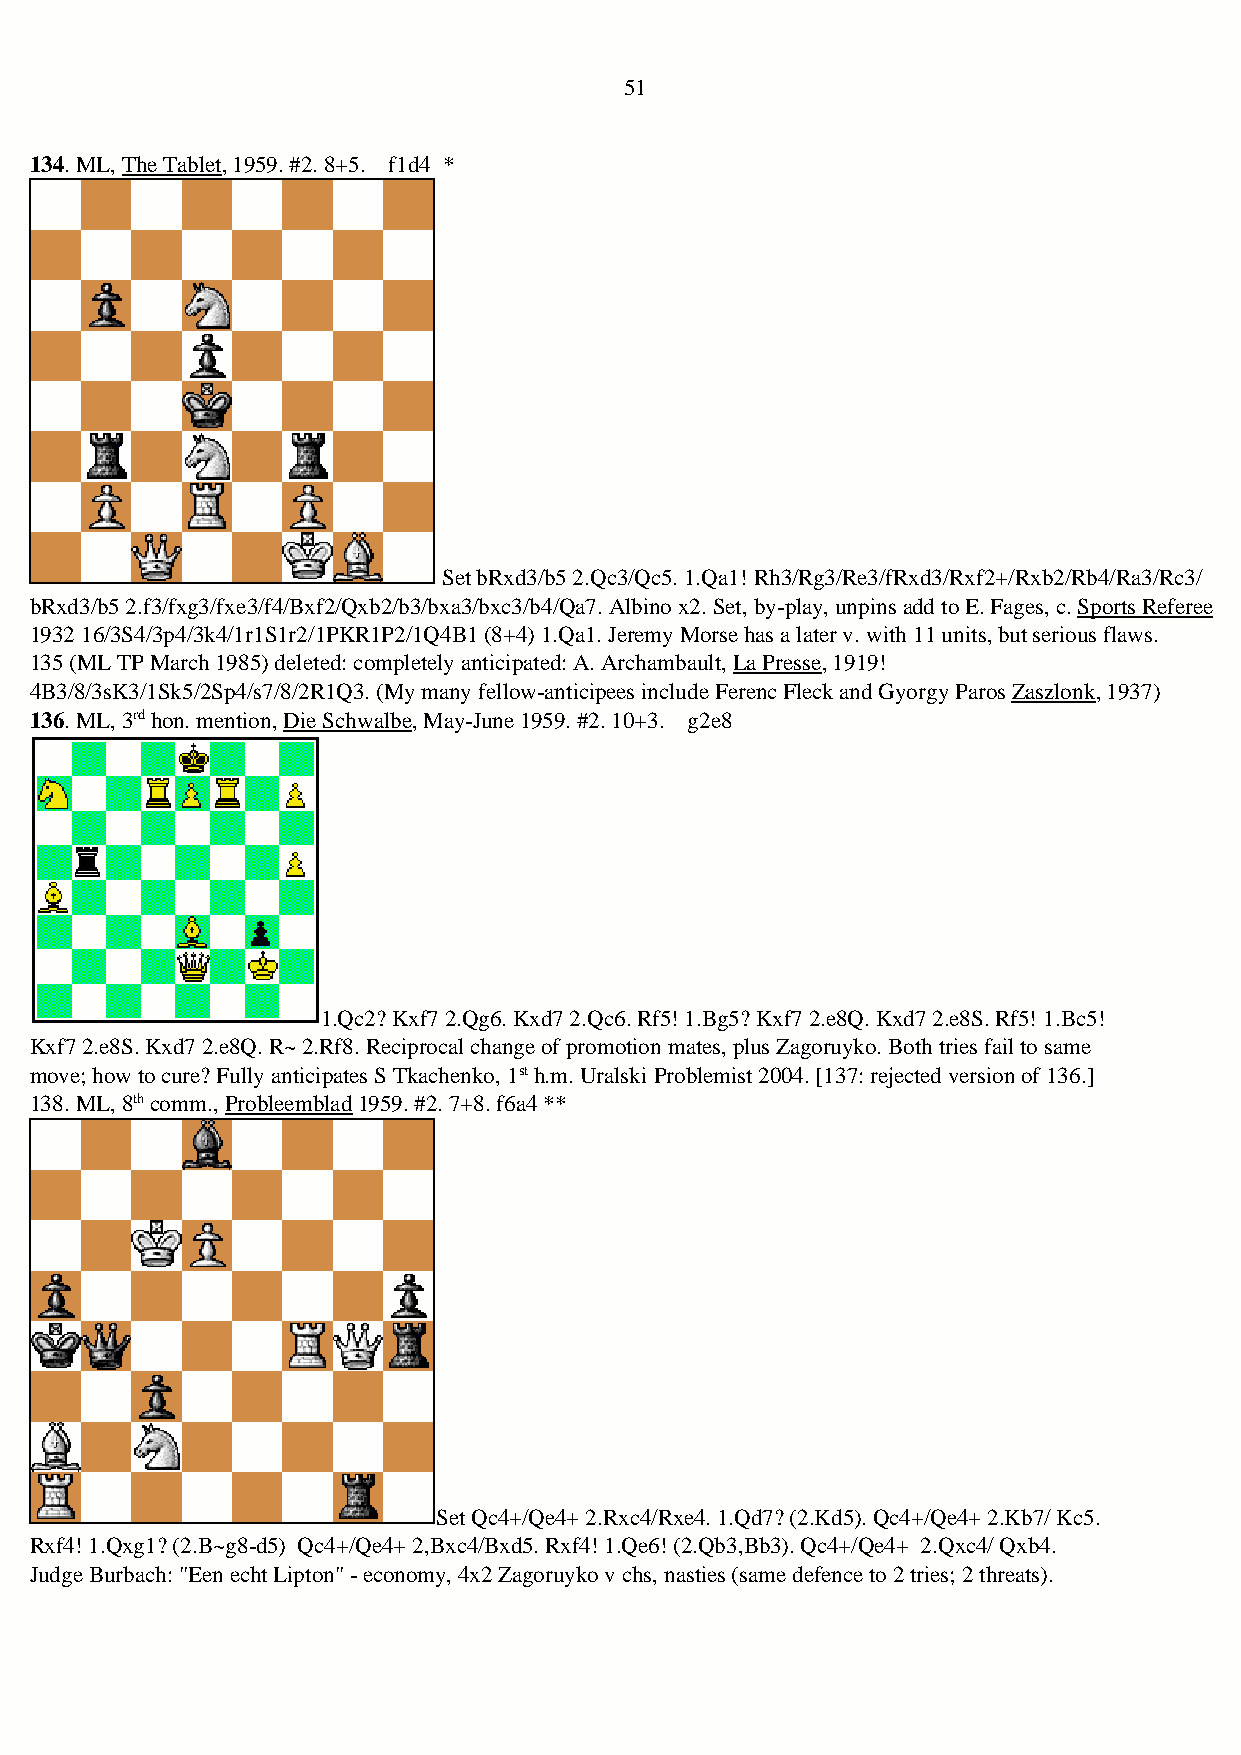
51
 134. ML, The Tablet, 1959. #2. 8+5. f1d4 *
 Set bRxd3/b5 2.Qc3/Qc5. 1.Qa1! Rh3/Rg3/Re3/fRxd3/Rxf2+/Rxb2/Rb4/Ra3/Rc3/
 bRxd3/b5 2.f3/fxg3/fxe3/f4/Bxf2/Qxb2/b3/bxa3/bxc3/b4/Qa7. Albino x2. Set, by-play, unpins add to E. Fages, c. Sports Referee
 1932 16/3S4/3p4/3k4/1r1S1r2/1PKR1P2/1Q4B1 (8+4) 1.Qa1. Jeremy Morse has a later v. with 11 units, but serious flaws.
 135 (ML TP March 1985) deleted: completely anticipated: A. Archambault, La Presse, 1919!
 4B3/8/3sK3/1Sk5/2Sp4/s7/8/2R1Q3. (My many fellow-anticipees include Ferenc Fleck and Gyorgy Paros Zaszlonk, 1937)
 136. ML, 3rd hon. mention, Die Schwalbe, May-June 1959. #2. 10+3. g2e8
 1.Qc2? Kxf7 2.Qg6. Kxd7 2.Qc6. Rf5! 1.Bg5? Kxf7 2.e8Q. Kxd7 2.e8S. Rf5! 1.Bc5!
 Kxf7 2.e8S. Kxd7 2.e8Q. R~ 2.Rf8. Reciprocal change of promotion mates, plus Zagoruyko. Both tries fail to same
 move; how to cure? Fully anticipates S Tkachenko, 1st h.m. Uralski Problemist 2004. [137: rejected version of 136.]
 138. ML, 8th comm., Probleemblad 1959. #2. 7+8. f6a4 **
 Set Qc4+/Qe4+ 2.Rxc4/Rxe4. 1.Qd7? (2.Kd5). Qc4+/Qe4+ 2.Kb7/ Kc5.
 Rxf4! 1.Qxg1? (2.B~g8-d5) Qc4+/Qe4+ 2,Bxc4/Bxd5. Rxf4! 1.Qe6! (2.Qb3,Bb3). Qc4+/Qe4+ 2.Qxc4/ Qxb4.
 Judge Burbach: "Een echt Lipton" - economy, 4x2 Zagoruyko v chs, nasties (same defence to 2 tries; 2 threats).